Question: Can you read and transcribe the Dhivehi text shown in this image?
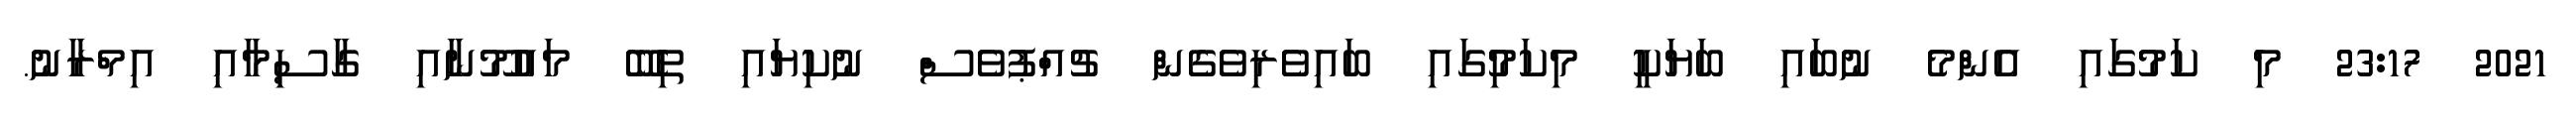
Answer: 2021 23:17 މި ކަމުގައި އެންމެ ނުބައި ބަޔަކީ މިކަމުިގައި ބައިވެރިވެގެން ޗުއްޕުވެސް ނުކިޔައި ތިބޭ މައުމޫނާއި ގާސިމާއި އިމްރާނު.